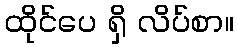
ထိုင်ပေ ရှိ လိပ်စာ။